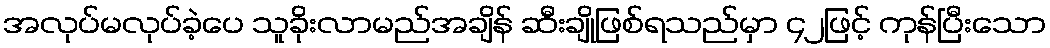
အလုပ်မလုပ်ခဲ့ပေ သူခိုးလာမည်အချိန် ဆီးချိုဖြစ်ရသည်မှာ ၄၂ဖြင့် ကုန်ပြီးသော